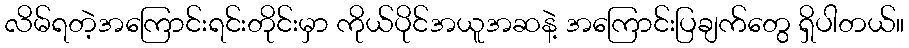
လိမ်ရတဲ့အကြောင်းရင်းတိုင်းမှာ ကိုယ်ပိုင်အယူအဆနဲ့ အကြောင်းပြချက်တွေ ရှိပါတယ်။